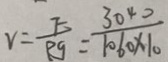
v = \frac { F } { p g } = \frac { 3 0 4 0 } { 1 0 6 0 \times 1 0 }